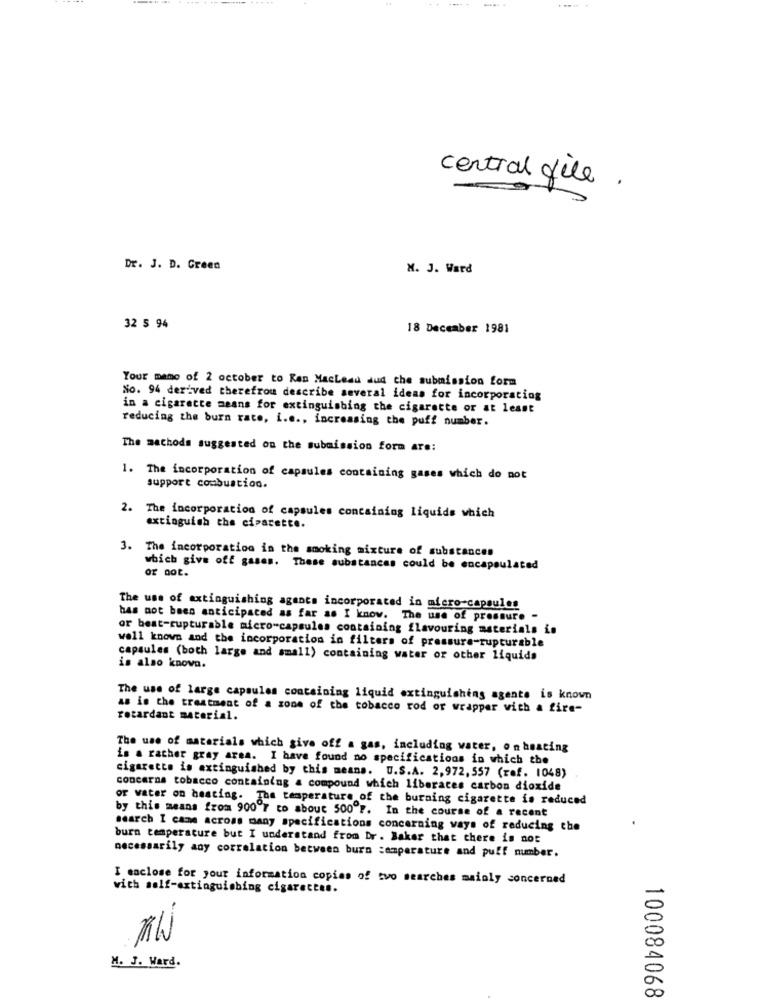
central file .
Dr. J. D. Green
M. J. Ward
32 5 94
18 December 1981
Your mano of 2 october to Kan Maclean and the submission form
So. 94 derived therefrou describe several ideas for incorporating
in a cigarette means for extinguishing the cigarette or at least
reducing the burn rate, i.e ., increasing the puff number.
The methods suggested on the submission form are:
1. The incorporation of capsules containing gases which do not
support combustion.
2. The incorporation of capsules containing liquids which
extinguish the cipacette.
3. The incorporation in the smoking mixture of substances
which give off gases. These substances could be encapsulated
The use of extinguishing agents incorporated in micro-capsules
has not been anticipated as far as I know. The use of pressure -
or best-rupturable micro capsules containing flavouring materials in
well known and the incorporation in filters of pressure-rupturable
capsules (both large and small) containing water or other liquids
is also known.
The use of large capsules containing liquid extinguishing agents is known
as is the treatment of a zone of the tobacco rod or wrapper with a fire-
retardant material.
The use of materials which give off a gas, including water, on heating
is a rather gray area. I have found no specifications in which the
cigarette is extinguished by this means. U.S.A. 2,972,557 (ref. 1048)
concerns tobacco containing a compound which liberaces carbon dioxide
or water on heating. The temperature of the burning cigarette is reduced
by this means from 900 7 co about 500"P. In the course of a recent
search I came across many specifications concerning ways of reducing the
burn temperature but I understand from Dr. Baker that there is not
necessarily any correlation between burn temperature and puff number.
I enclose for your information copias of tvo searches mainly concerned
with self-extinguishing cigarettes.
M. J. Ward.
100084068